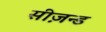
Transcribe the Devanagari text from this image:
सीज़न्ड